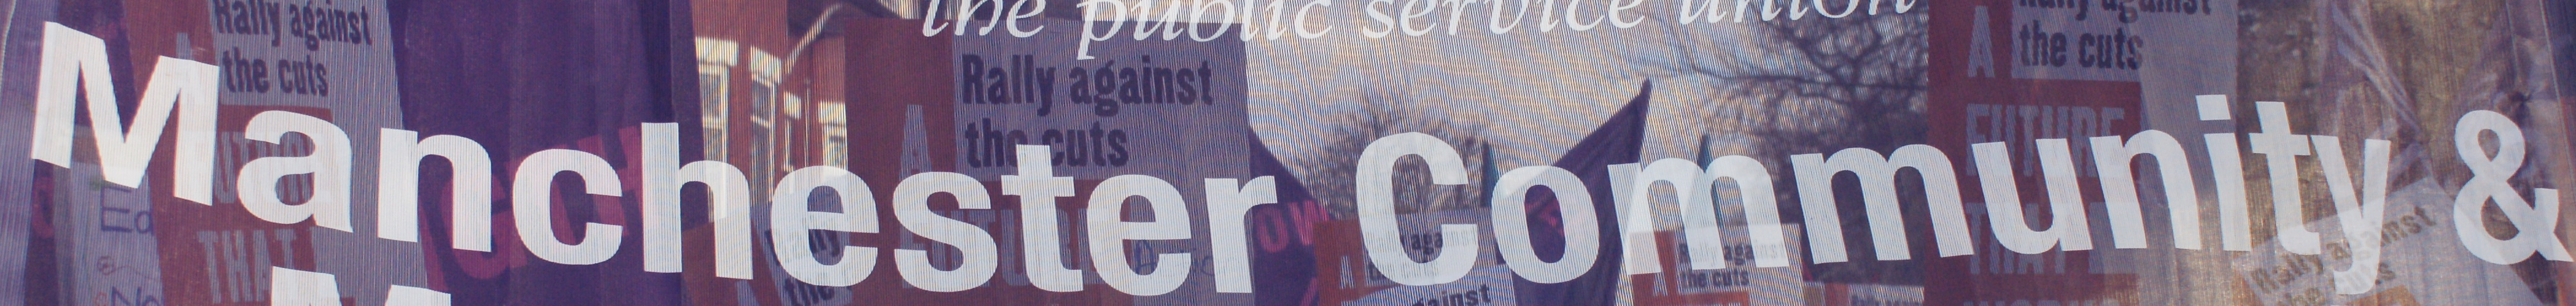
Manchester Community &